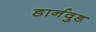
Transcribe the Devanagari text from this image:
डार्नवुड